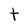
Character: t